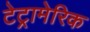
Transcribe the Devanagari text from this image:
टेट्रामेरिक